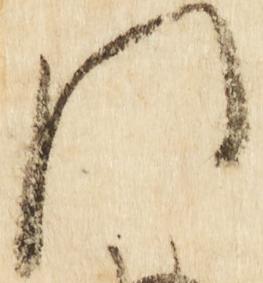
門